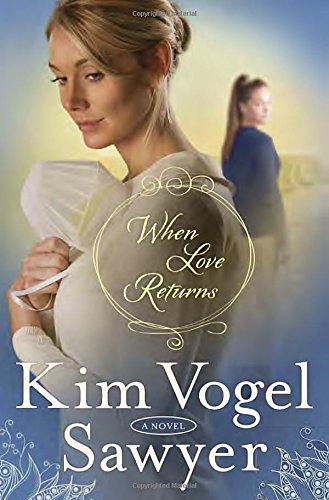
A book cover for When Love Returns: A Novel (The Zimmerman Restoration Trilogy); Kim Vogel Sawyer; Romance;